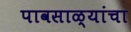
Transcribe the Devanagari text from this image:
पावसाळ्यांचा